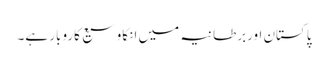
پاکستان اوربرطانیہ میں انکاوسیع کاروبار ہے۔